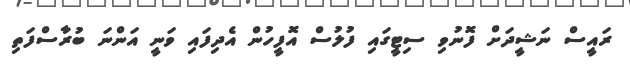
ރައީސް ނަޝީދަށް ފޮނުވި ސިޓީގައި ފުލުސް އޮފީހުން އެދިފައި ވަނީ އަންނަ ބުރާސްފަތި